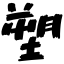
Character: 塑